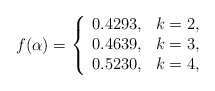
\begin{align*}f(\alpha)=\left\{\begin{array}{cc}0.4293,& k=2,\\0.4639,&k=3,\\0.5230,&k=4,\\\end{array}\right.\end{align*}